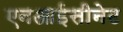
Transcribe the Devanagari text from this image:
एनआईसीनेट